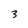
Character: 3